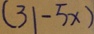
( 3 1 - 5 x )